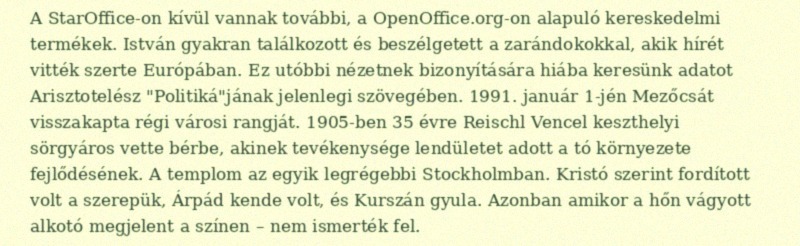
A StarOffice-on kívül vannak további, a OpenOffice.org-on alapuló kereskedelmi termékek. István gyakran találkozott és beszélgetett a zarándokokkal, akik hírét vitték szerte Európában. Ez utóbbi nézetnek bizonyítására hiába keresünk adatot Arisztotelész "Politiká"jának jelenlegi szövegében. 1991. január 1-jén Mezőcsát visszakapta régi városi rangját. 1905-ben 35 évre Reischl Vencel keszthelyi sörgyáros vette bérbe, akinek tevékenysége lendületet adott a tó környezete fejlődésének. A templom az egyik legrégebbi Stockholmban. Kristó szerint fordított volt a szerepük, Árpád kende volt, és Kurszán gyula. Azonban amikor a hőn vágyott alkotó megjelent a színen – nem ismerték fel.